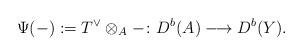
LaTeX: \begin{align*} \Psi(-):= T^\vee\otimes_{A}- \colon D^b(A)\longrightarrow D^b(Y). \end{align*}